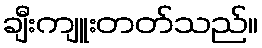
ချီးကျူးတတ်သည်။